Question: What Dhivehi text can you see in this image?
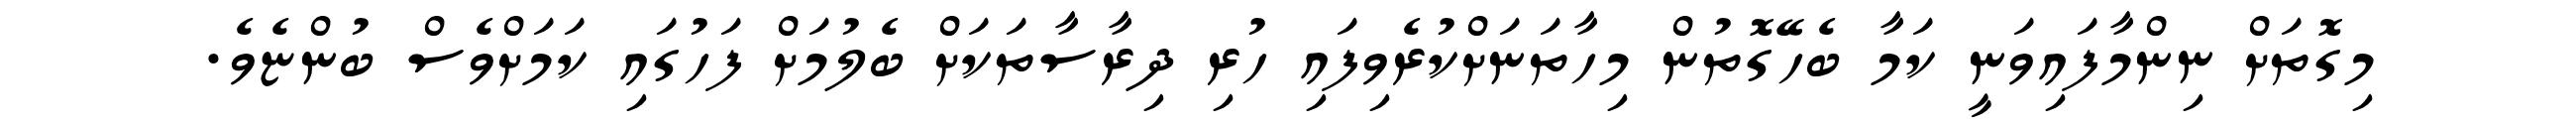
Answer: މިގޮތަށް ނިންމާފައިވަނީ ކަމާ ބެހޭގޮތުން މިހާތަނަށްކުރެވިފައި ހުރި ދިރާސާތަކަށް ބެލުމަށް ފަހުގައި ކަމަށްވެސް ބުންޏެވެ.